Report on sanitation, dispensaries, and jails in Rajputana for 1911, and on vaccination for the year 1911-1912 - 1911-1912
Year: 1911
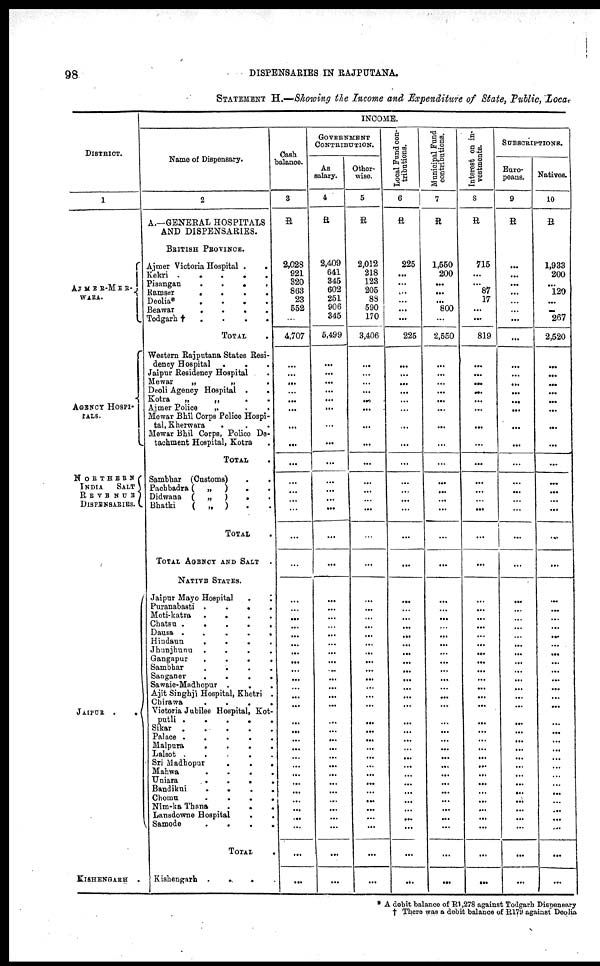
98
DISPENSARIES IN RAJPUTANA.
STATEMENT H.—Showing the Income and Expenditure of State, Public, Local
DISTRICT.
1
AJMER-MER¬
WARA.
AGENCY HOSPI¬
TALS.
N O R T H E R N
INDIA
SALT
R E V E N U E
DISPENSARIES.
JAIPUR .
.
KISHENGARH
INCOME.
Name of Dispensary.
2
A.—GENERAL HOSPITALS
AND DISPENSARIES.
BRITISH PROVINCE.
Ajmer Victoria Hospital .
.
Kekri
.
.
.
.
Pisangan
.
. . .
Ramser
.
.
.
.
Deolia*
.
.
.
.
Beawar
.
.
.
.
Todgarh†
.
.
.
.
TOTAL
Western Rajputana States Resi-
dency Hospital . . .
Jaipur Residency Hospital .
Mewar
„
„ . .
Deoli Agency Hospital .
.
Kotra
„
„
. .
Ajmer Police
„
.
.
Mewar Bhil Corps Police Hospi-
tal, Kherwara . . .
Mewar Bhil Corps, Police De-
tachment Hospital, Kotra .
TOTAL .
Sambhar (Customs)
.
.
Pachbadra (
„
)
. .
Didwana (
„
)
.
.
Bhatki
(
„ ) . .
TOTAL .
TOTAL AGENCY AND SALT .
NATIVE STATES.
Jaipur Mayo Hospital
.
.
Puranabasti .
.
.
.
Moti-katra
.
.
.
.
Chatsu .
.
.
.
.
Dausa .
.
.
.
.
Hindaun
.
.
.
.
Jhunjhunu
.
.
.
.
Gangapur
.
.
.
.
Sambhar
.
.
.
.
Sanganer
.
.
.
.
Sawaie-Madhopur .
. .
Ajit Singhji Hospital, Khetri .
Chirawa
.
.
.
.
Victoria Jubilee Hospital, Kot¬
putli .
.
.
.
.
Sikar .
.
.
.
.
Palace .
.
.
.
.
Malpura
.
.
.
.
Lalsot . . . .
Sri Madhopur
.
.
.
Mahwa
.
.
.
.
Uniara
.
.
.
.
Bandikui
.
.
.
.
Chomu
.
.
.
.
Nim-ka Thana
.
.
.
Lansdowne Hospital . .
Samode . . .
TOTAL
Kishengarh
Cash
balance.
3
R
2,028
921
320
863
23
552
...
4,707
...
...
...
...
...
...
...
...
...
...
...
...
...
...
...
...
...
...
...
...
...
...
...
...
...
...
...
...
...
...
...
...
...
...
...
...
...
...
...
...
...
...
...
GOVERNMENT
CONTRIBUTION.
As
salary.
4
R
2,409
641
345
602
251
906
345
5,499
...
...
...
...
...
...
...
...
...
...
...
...
...
...
...
...
...
...
...
...
...
...
...
...
...
...
...
...
...
...
...
...
...
...
...
...
...
...
...
...
...
...
...
Other-
wise.
5
R
2,012
218
123
205
83
590
170
3,406
...
...
...
...
...
...
...
...
...
...
...
...
...
...
...
...
...
...
...
...
...
...
...
...
...
...
...
...
...
...
...
...
...
...
...
...
...
...
...
...
...
...
...
Local Fund con-
tributions.
6
R
225
...
...
...
...
...
...
225
...
...
...
...
...
...
...
...
...
...
...
...
...
...
...
...
...
...
...
...
...
...
...
...
...
...
...
...
...
...
...
...
...
...
...
...
...
...
...
...
...
...
...
Municipal Fund
contributions.
7
R
1,550
200
...
...
...
800
...
2,550
...
...
...
...
...
...
...
...
...
...
...
...
...
...
...
...
...
...
...
...
...
...
...
...
...
...
...
...
...
...
...
...
...
...
...
...
...
...
...
...
...
...
...
Interest on in-
vestments.
8
R
715
...
...
87
17
...
...
819
...
...
...
...
...
...
...
...
...
...
...
...
...
...
...
...
...
...
...
...
...
...
...
...
...
...
...
...
...
...
...
...
...
...
...
...
...
...
...
...
...
...
...
SUBSCRIPTIONS.
Euro-
peans.
9
R
...
...
...
...
...
...
...
...
...
...
...
...
...
...
...
...
...
...
...
...
...
...
...
...
...
...
...
...
...
...
...
...
...
...
...
...
...
...
...
...
...
...
...
...
...
...
...
...
...
...
...
Natives.
10
R
1,933
200
...
120
...
...
267
2,520
...
...
...
...
...
...
...
...
...
...
...
...
...
...
...
...
...
...
...
...
...
...
...
...
...
...
...
...
...
...
...
...
...
...
...
...
...
...
...
...
...
...
...
* A debit balance of R1,278 against Todgarh Dispensary
† There was a debit balance of R179 against Deolia